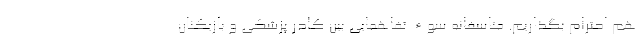
هم احترام بگذاریم. متاسفانه سوء تفاهمایی بین کادر پزشکی و بازیکنان